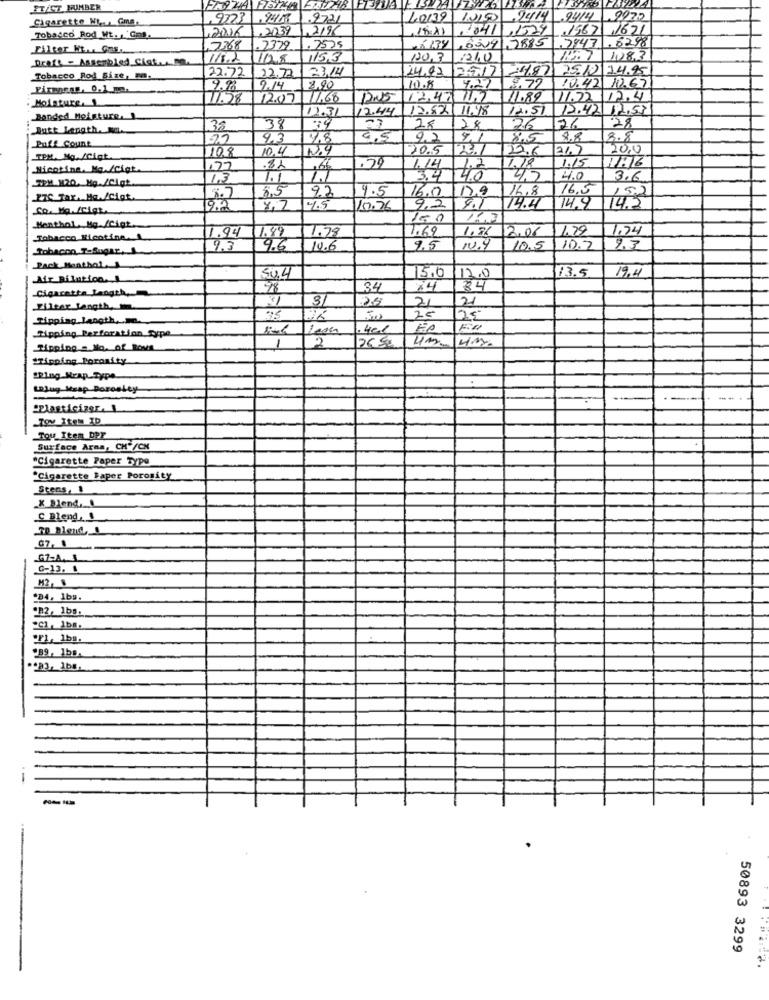
IT/CT MUMBER
Cigarette N ... Gma.
.9723 .24ML
1.9721
40139
2414 .9414 9922
,2016/2039
,219
18.11 , 84/
.1524 1567 1621
Tobacco Rod Wt. , ' Gas
.7847 .6298
Filter Hi. Gas.
7368 .2379
. 7525
×134 6309 ,7885
Draft - Assembled. Ciat .... no.
118.2
153
130.3
:7 1082
22.72
22.72
23.14
14.92
25.10 14.95
Tobacco Rod Size, m.
2517 2487
9.98
9.14
8,90
10.8
4.27
3.72
10.42.10.67
. Moisture, 1
71.28
12.07
11,68
DNS
1247117
11.89
11.22 12.4
12.3
12.44.
12.82 11.18
12.51
12.42 117.53
Bonded Moisture.
28
Rutt Length. No.
32
38
39
28
28
26
26
Puff Count
79
4.3
7.8
2.2
4.1
8,5
8.8
8.8
10.4
20.5
22.6
21.7
20,0
TEM. Mg. /Cigt.
108
Nicotine, Ma./Cigt.
127
.79
1.14
1.2
1.18
1.15
WPM 820. Mo./Cigt
1.3
1.1
3.4
3.6
9.2
9.5
129
16.8
16.5
152
PIC Tar. Ma./Cigt.
8,5
16.0
Co. Mo. /Cigt
9.0
4.7
10.76
114.4
14.9
14.2
Menthol Mg /Cigt.
150
1.94
1.78
1,69
1.86 2.06
1.79
1.74
Tobacco Nicotine.L.
1.89
Tobacon TaSugar,
9.3
9.6
10.6
9,5
1.4
10.5
10.2
9.3
Pack Menthol
13.5
19.4
Air Bilation.
50.4
15.0
12.0
Cigaretta Length
78
34
x4
84
21
21
Filter Length, m.
Tipping Length ..
25
4cl
Ripping Perforation_Type
2
26.50
4M
Tipping . No. of Rows
1
"Tipping Poronity
"Ring_Wrap_Type
Lajug Krap Poroaley
-
Tov Item ID
Tou_Item_DPF
Surface Area, CH'/CN
"Cigarette Paper Type
"Cigarette Paper Porosity
Stens,
_X Blend,
C Blend, 1
GZ-A. L
C-13. 1
M2,S.
"B4, 1bs.
.82, 1bs.
.FL, lbs.
B9, 1bB.
-
50893 3299